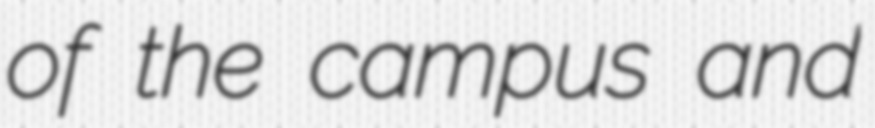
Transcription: of the campus and